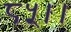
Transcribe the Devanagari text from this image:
८५।।